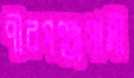
পীরগঞ্জগামী